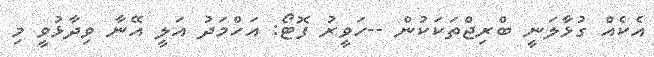
އެކެއް ގުޅާލަނީ ބްރިޖްތަކަކުން --ހަވީރު ފޮޓޯ: އަހްމަދު އަލީ އޭނާ ވިދާޅުވީ މި